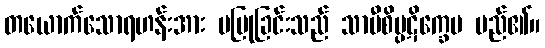
တယောက်သောရဟန်းအား မပြုခြင်းသည် သာမီစိပ္ပဋိက္ခေပ မည်၏။